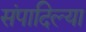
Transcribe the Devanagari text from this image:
संपादिल्या